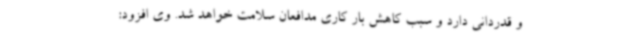
و قدردانی دارد و سبب کاهش بار کاری مدافعان سلامت خواهد شد. وی افزود: